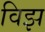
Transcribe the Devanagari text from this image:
विझ